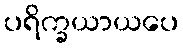
ပရိက္ခယာယပေ